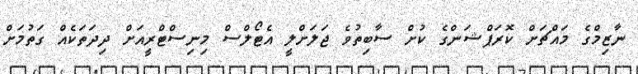
ނާޒިމްގެ މައްޗަށް ކޮރަޕްޝަންގެ ކުށް ސާބިތުވެ ޖަލަށްލީ އެޓޯލްސް މިނިސްޓްރީއަށް ދިދަތަކެއް ގަތުމަށް